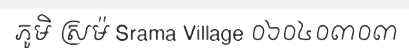
ភូមិ ស្រម៉ Srama Village ០៦០៤០៣០៣